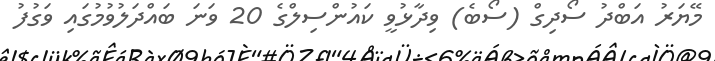
މޭޔަރު އަބްދު ސޯދިގް (ސޯބެ) ވިދާޅުވީ ކައުންސިލްގެ 20 ވަނަ ބައްދަލުވުމުގައި ވަގުފު